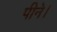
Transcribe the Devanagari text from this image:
पीने।